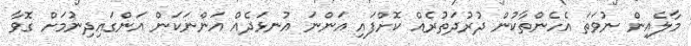
މާލެއިން ނުވަތަ އެހެންތާކުން ދުރުދަތުރެއް ކޮށްފައި އަންނަ އުނޅަދެއް އަންނަކަން އަންގައިދިނުމަށް ގޮވާ